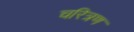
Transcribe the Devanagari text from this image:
चरित्रण